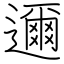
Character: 邇